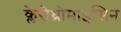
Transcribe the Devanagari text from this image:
क्लेरीथ्रोमाइसिन